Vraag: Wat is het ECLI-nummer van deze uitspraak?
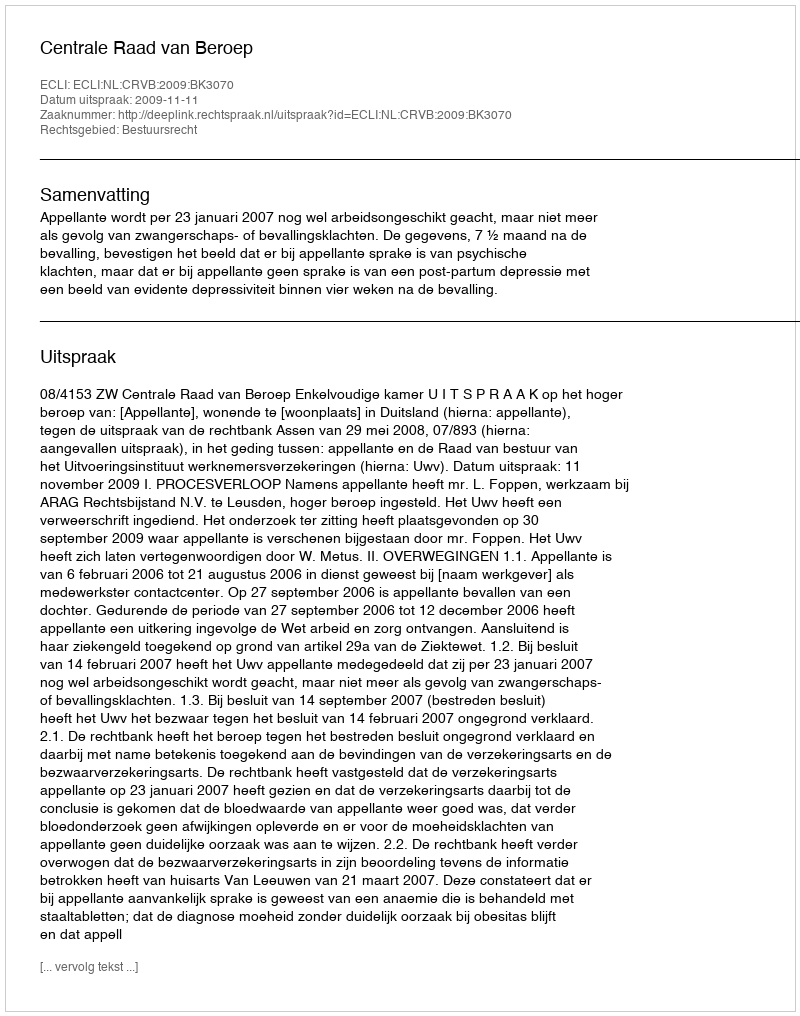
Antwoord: ECLI:NL:CRVB:2009:BK3070